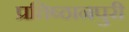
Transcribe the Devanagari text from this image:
प्रतिष्ठानपुरी